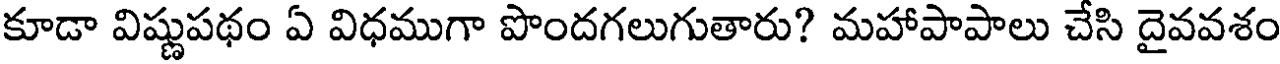
కూడా విష్ణుపథం ఏ విధముగా పొందగలుగుతారు? మహాపాపాలు చేసి దైవవశం